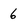
Character: 6